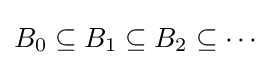
B_{0}\subseteq B_{1}\subseteq B_{2}\subseteq \cdots